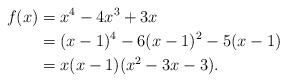
LaTeX: \begin{align*}f(x) & = x^4 -4x^3 + 3x \\ & = (x-1)^4 -6(x-1)^2 -5(x-1) \\& = x(x-1)(x^2-3x-3).\end{align*}